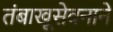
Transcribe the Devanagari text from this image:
तंबाखूसेवनाने